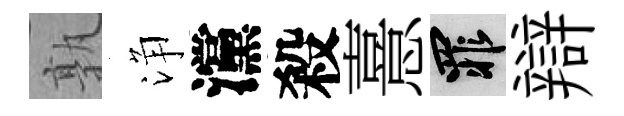
孰浄灙殺憙罪辯